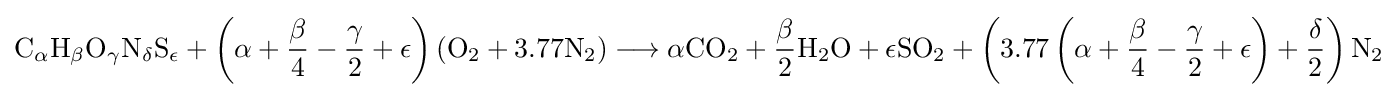
{\mathrm {C} {\vphantom {A}}_{\smash[{t}]{\mathit {\alpha }}}\mathrm {H} {\vphantom {A}}_{\smash[{t}]{\mathit {\beta }}}\mathrm {O} {\vphantom {A}}_{\smash[{t}]{\mathit {\gamma }}}\mathrm {N} {\vphantom {A}}_{\smash[{t}]{\mathit {\delta }}}\mathrm {S} {\vphantom {A}}_{\smash[{t}]{\mathit {\epsilon }}}}+\left(\alpha +{\frac {\beta }{4}}-{\frac {\gamma }{2}}+\epsilon \right)\left({\mathrm {O} {\vphantom {A}}_{\smash[{t}]{2}}}+3.77{\mathrm {N} {\vphantom {A}}_{\smash[{t}]{2}}}\right)\longrightarrow \alpha {\mathrm {CO} {\vphantom {A}}_{\smash[{t}]{2}}}+{\frac {\beta }{2}}{\mathrm {H} {\vphantom {A}}_{\smash[{t}]{2}}\mathrm {O} }+\epsilon {\mathrm {SO} {\vphantom {A}}_{\smash[{t}]{2}}}+\left(3.77\left(\alpha +{\frac {\beta }{4}}-{\frac {\gamma }{2}}+\epsilon \right)+{\frac {\delta }{2}}\right){\mathrm {N} {\vphantom {A}}_{\smash[{t}]{2}}}